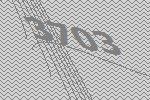
3703